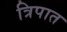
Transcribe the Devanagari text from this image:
त्रिपात